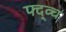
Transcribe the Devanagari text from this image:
फ्द्व्च